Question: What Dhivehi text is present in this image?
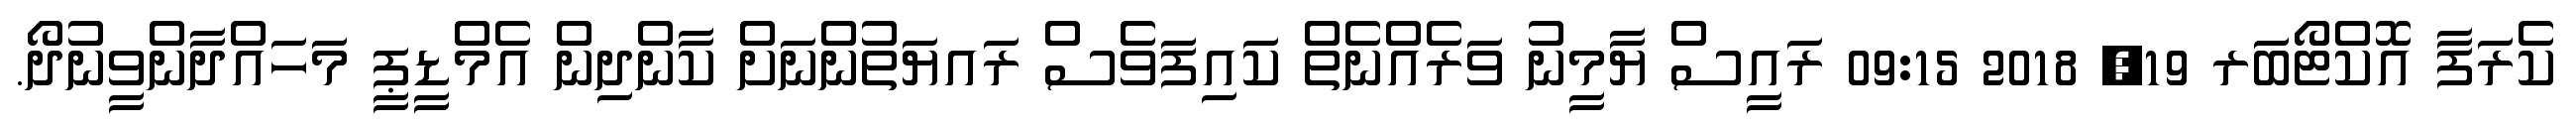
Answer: ކެރަފާ އޮކްޓޯބަރ 19, 2018 09:15 ރައީސް ޔާމީނު ވަރެއްނެތް ކައިފަވެސް ރައޔަތުންނަށް ކާންދިން އެމްޑީޕީ މަހައްދާންވީނުދޯ.